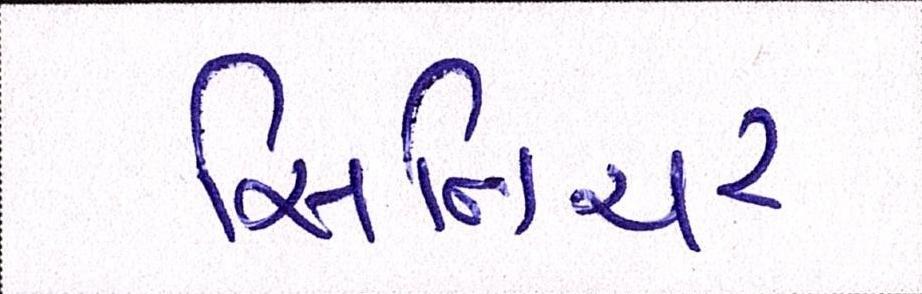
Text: સિનિયર